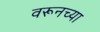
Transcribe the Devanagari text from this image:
वरूनच्या